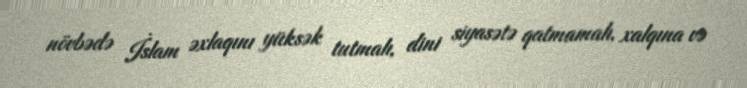
növbədə İslam əxlaqını yüksək tutmalı, dini siyasətə qatmamalı, xalqına və